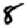
Digit: 8